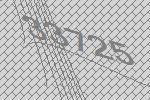
33725